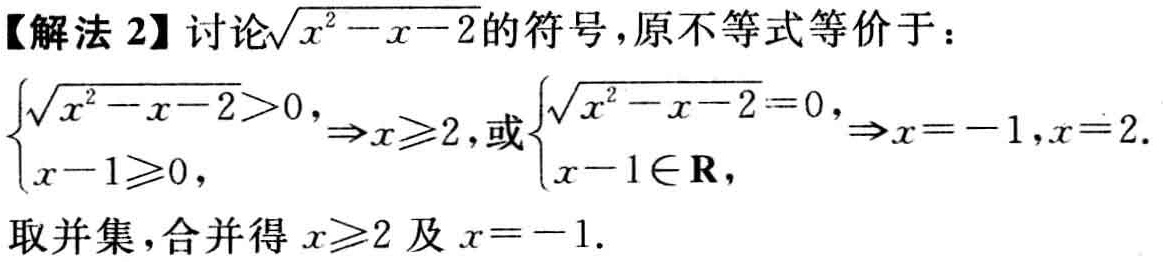
【解法 2】讨论\(\sqrt{x^{2}-x - 2}\)的符号，原不等式等价于：

\(\begin{cases}\sqrt{x^{2}-x - 2}>0,\\x - 1\geqslant0,\end{cases}\Rightarrow x\geqslant2,\)或\(\begin{cases}\sqrt{x^{2}-x - 2}=0,\\x - 1\in\mathbf{R},\end{cases}\Rightarrow x = - 1,x = 2.\)

取并集，合并得\(x\geqslant2\)及\(x = - 1\).